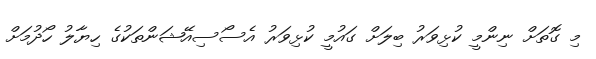
މި ގޮތަށް ނިންމީ ކުޅިވަރު ބިލަށް ގައުމީ ކުޅިވަރު އެސޯސިއޭޝަންތަކުގެ ހިޔާލު ހޯދުމަށް